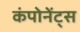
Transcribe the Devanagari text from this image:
कंपोनेंट्स